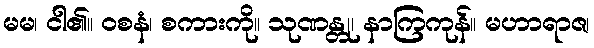
မမ၊ ငါ၏။ ဝစနံ၊ စကားကို။ သုဏန္တု၊ နာကြကုန်။ မဟာရာဇ၊